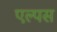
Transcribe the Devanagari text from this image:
एल्पस